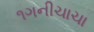
૧ગનીચાચા